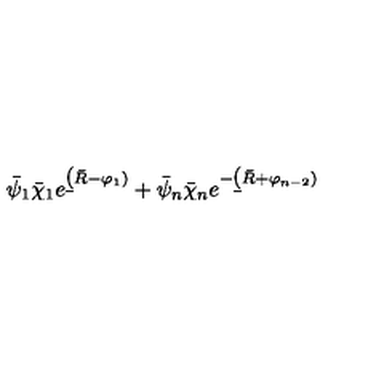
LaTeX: \bar { \psi } _ { 1 } \bar { \chi } _ { 1 } e ^ { \b ( \bar { R } - \varphi _ { 1 } ) } + \bar { \psi } _ { n } \bar { \chi } _ { n } e ^ { - \b ( \bar { R } + \varphi _ { n - 2 } ) }